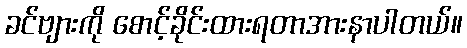
ခင်ဗျားကို စောင့်ခိုင်းထားရတာအားနာပါတယ်။